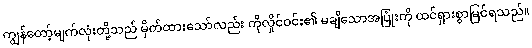
ကျွန်တော့်မျက်လုံးတို့သည် မှိတ်ထားသော်လည်း ကိုလှိုင်ဝင်း၏ မချိသောအပြုံးကို ထင်ရှားစွာမြင်ရသည်။